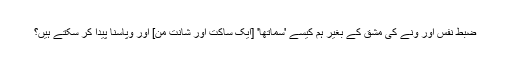
ضبط نفس اور ونے کی مشق کے بغیر ہم کیسے 'سماتھا' [ایک ساکت اور شانت من] اور وپاسنا پیدا کر سکتے ہیں؟